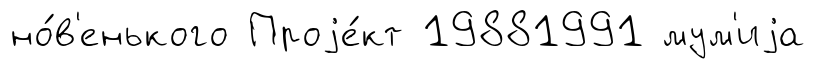
но́в'енького Проjе́кт 19881991 мум'иjа